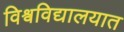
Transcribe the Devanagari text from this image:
विश्र्वविद्यालयात